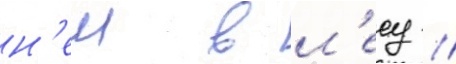
н'еи в л'есу //